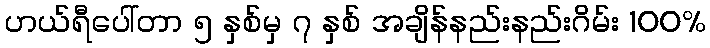
ဟယ်ရီပေါ်တာ ၅ နှစ်မှ ၇ နှစ် အချိန်နည်းနည်းဂိမ်း 100%